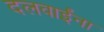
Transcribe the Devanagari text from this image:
दलवाईंना